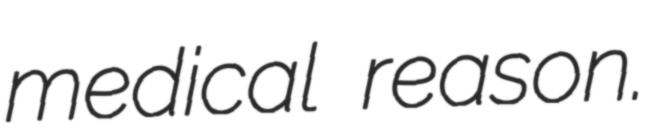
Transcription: medical reason.